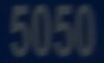
5050